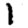
Digit: 1